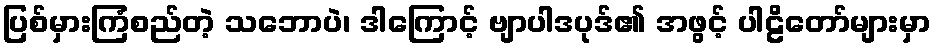
ပြစ်မှားကြံစည်တဲ့ သဘောပဲ၊ ဒါကြောင့် ဗျာပါဒပုဒ်၏ အဖွင့် ပါဠိတော်များမှာ